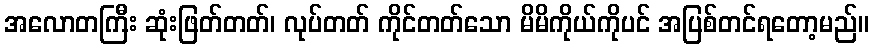
အလောတကြီး ဆုံးဖြတ်တတ်၊ လုပ်တတ် ကိုင်တတ်သော မိမိကိုယ်ကိုပင် အပြစ်တင်ရတော့မည်။